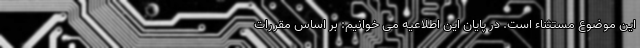
این موضوع مستثناء است. در پایان این اطلاعیه می خوانیم: بر اساس مقررات